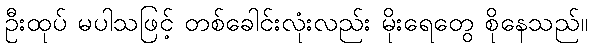
ဦးထုပ် မပါသဖြင့် တစ်ခေါင်းလုံးလည်း မိုးရေတွေ စိုနေသည်။